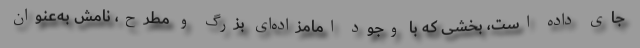
جای داده است، بخشی که با وجود امامزاده‌ای بزرگ و مطرح، نامش به‌عنوان